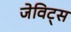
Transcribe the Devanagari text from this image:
जेविट्स